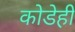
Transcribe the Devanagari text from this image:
कोडेही